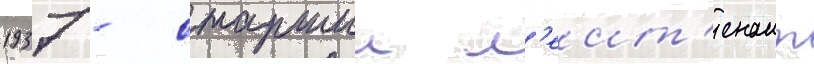
1937 - старшии л'еит'енант